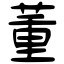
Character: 董